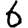
Digit: 6